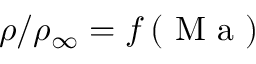
\rho / \rho _ { \infty } = f \left( \mathrm { ~ M ~ a ~ } \right)